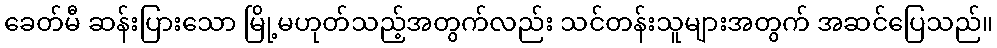
ခေတ်မီ ဆန်းပြားသော မြို့မဟုတ်သည့်အတွက်လည်း သင်တန်းသူများအတွက် အဆင်ပြေသည်။